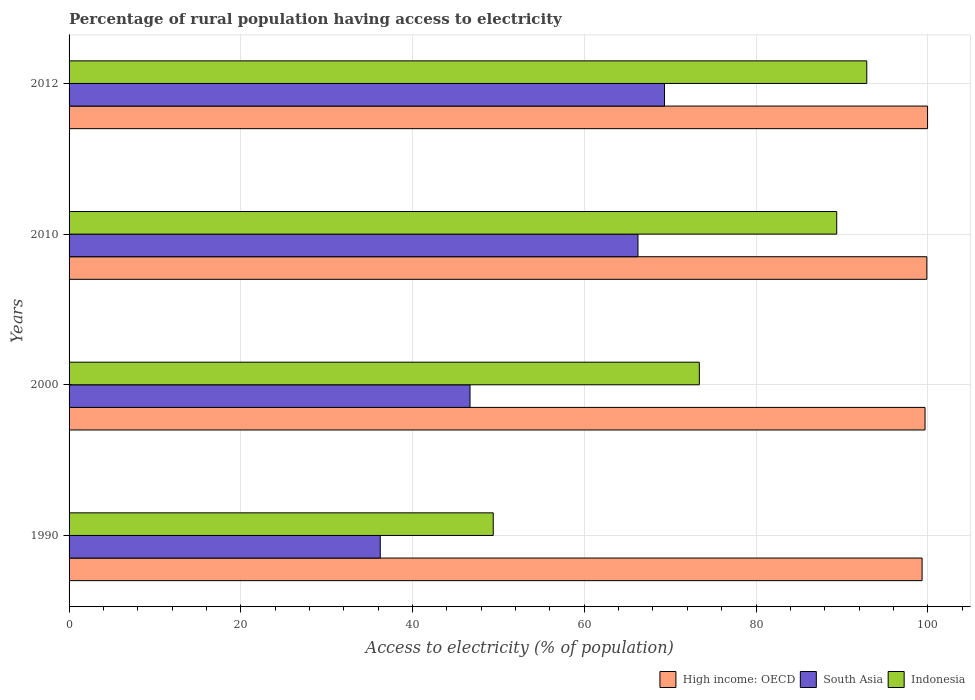
| Years | High income: OECD | South Asia | Indonesia |
 | --- | --- | --- | --- |
 | 1990 | 99.3 | 36.2 | 49.4 |
 | 2000 | 99.7 | 46.7 | 73.4 |
 | 2010 | 99.9 | 66.3 | 89.4 |
 | 2012 | 100 | 69.3 | 92.9 |